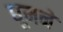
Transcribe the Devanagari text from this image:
धूमने